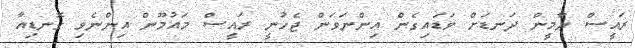
ރައީސް ޔާމީން ދަނޑަށް ވަޑައިގެން އިންނަވަން ޖެހުނީ ރައީސް މައުމޫން އިންނެވި ގޮނޑިއާ